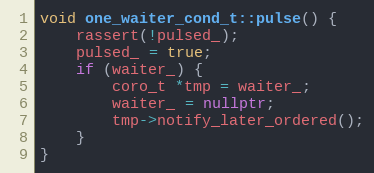
Language: C++
void one_waiter_cond_t::pulse() {
    rassert(!pulsed_);
    pulsed_ = true;
    if (waiter_) {
        coro_t *tmp = waiter_;
        waiter_ = nullptr;
        tmp->notify_later_ordered();
    }
}